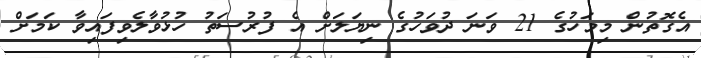
އެގޮތުން މިމަހުގެ 21 ވަނަ ދުވަހުގެ ނިޔަލަށް އެ ފުރުސަތު ހުޅުވާލެވިފައިވާ ކަމަށް